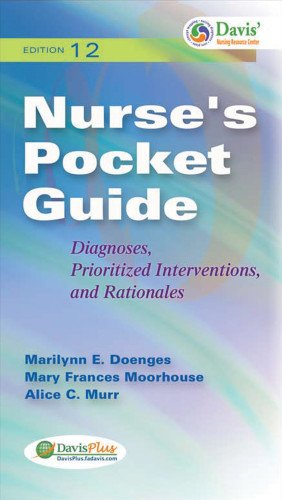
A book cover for Nurse's Pocket Guide: Diagnoses, Prioritized Interventions and Rationales (Nurse's Pocket Guide: Diagnoses, Interventions & Rationales); Marilynn E. Doenges APRN  BC-retired; Medical Books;